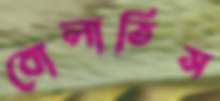
বোলাতিস